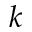
k